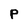
Character: P